Annual report on the lock hospitals of the Madras Presidency
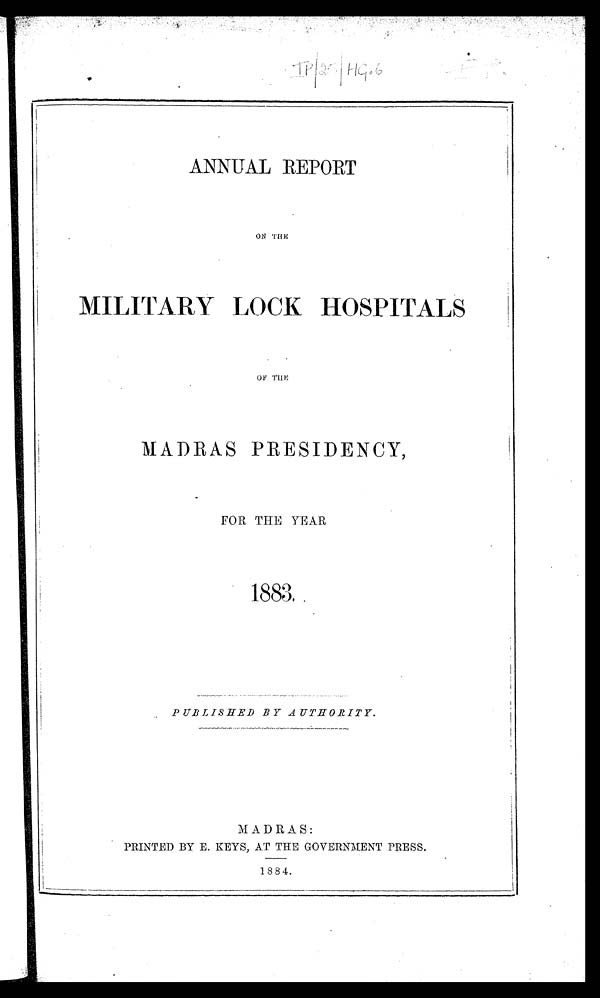
I
P / 2 5 / H C
ANNUAL REPORT
ON THE
MILITARY LOCK HOSPITALS
OF THE
MADRAS PRESIDENCY,
FOR THE YEAR
1883.
PUBLISHED BY AUTHORITY.
MADRAS:
PRINTED BY E. KEYS, AT THE GOVERNMENT PRESS.
1884.